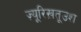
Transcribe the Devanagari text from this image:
ज़्यूरिख़तूउश